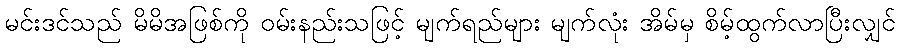
မင်းဒင်သည် မိမိအဖြစ်ကို ဝမ်းနည်းသဖြင့် မျက်ရည်များ မျက်လုံး အိမ်မှ စိမ့်ထွက်လာပြီးလျှင်